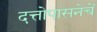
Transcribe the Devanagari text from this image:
दत्तोपासनेचें